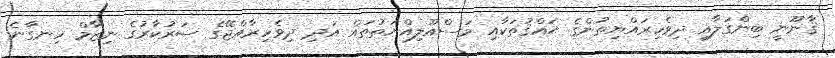
ޤާނޫނީ ބިންގަލާއި ދިވެހިރައްޔިތުންގެ ޙައްޤުތަކާއި މަސްއޫލިއްޔަތުތައް އަދި ދިވެހިރާއްޖޭގެ ސަރުކާރުގެ ނިޒާމް ހިނގާނެ